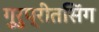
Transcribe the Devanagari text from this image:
गुरुप्रीतसिंग